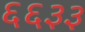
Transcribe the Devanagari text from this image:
६६३३